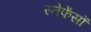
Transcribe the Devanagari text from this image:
स्तेफेंसों